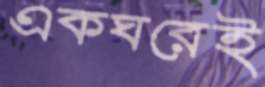
একঘরেই